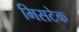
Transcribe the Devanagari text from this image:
मिसटेक